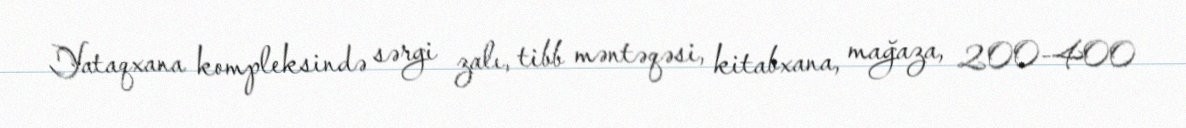
Yataqxana kompleksində sərgi zalı, tibb məntəqəsi, kitabxana, mağaza, 200-400